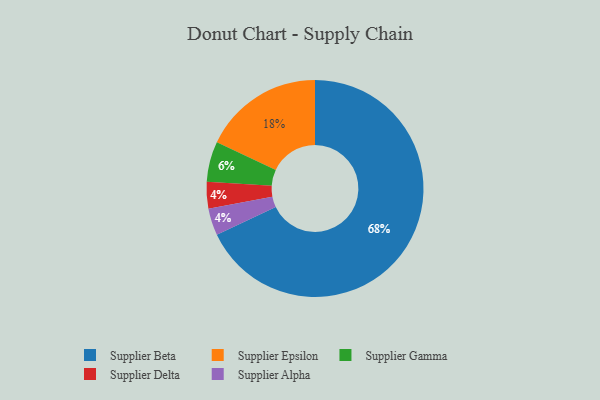
{"axis": {"x": "Category", "y": "Percentage"}, "legend": ["Supplier Alpha", "Supplier Beta", "Supplier Delta", "Supplier Epsilon", "Supplier Gamma"], "data": [{"x": "Supplier Epsilon", "y": 18, "type": "Supplier Epsilon"}, {"x": "Supplier Gamma", "y": 6, "type": "Supplier Gamma"}, {"x": "Supplier Beta", "y": 68, "type": "Supplier Beta"}, {"x": "Supplier Delta", "y": 4, "type": "Supplier Delta"}, {"x": "Supplier Alpha", "y": 4, "type": "Supplier Alpha"}]}